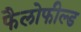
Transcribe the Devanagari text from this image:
फैलोफील्ड